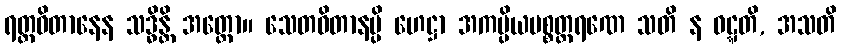
ရတ္တဝိတာနေန သဒ္ဓိန္တိ အတ္ထော။ သေတဝိတာနမ္ပိ ဟေဋ္ဌာ အကပ္ပိယပစ္စတ္ထရဏေ သတိ န ဝဋ္ဋတိ, အသတိ